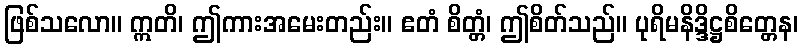
ဖြစ်သလော။ ဣတိ၊ ဤကားအမေးတည်း။ ဧတံ စိတ္တံ၊ ဤစိတ်သည်။ ပုရိမနိဒ္ဒိဋ္ဌစိတ္တေန၊